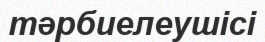
тәрбиелеушісі